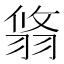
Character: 𦐻